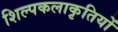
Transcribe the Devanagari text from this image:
शिल्पकलाकृतियों